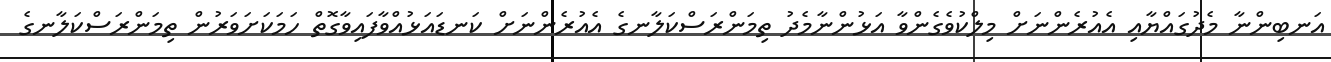
އަނބިންނާ މެދުގައްޔާއި އެއުރެންނަށް މިލްކުވެގެންވާ އަޅުންނާމެދު ތިމަންރަސްކަލާނގެ އެއުރެންނަށް ކަނޑައަޅުއްވާފައިވާގޮތް ހަމަކަށަވަރުން ތިމަންރަސްކަލާނގެ